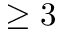
\geq 3